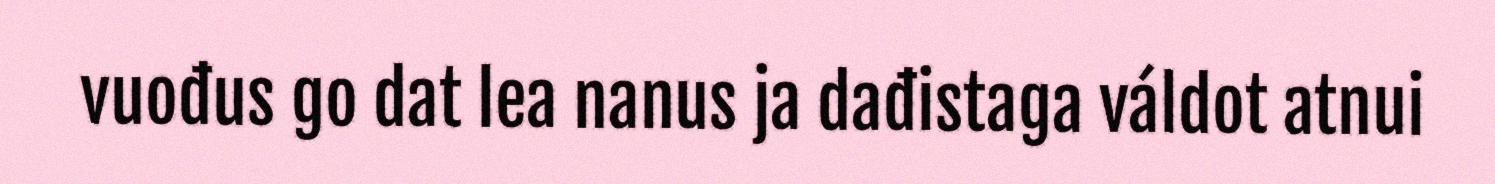
vuođus go dat lea nanus ja dađistaga váldot atnui